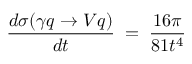
\frac { d \sigma ( \gamma q \rightarrow V q ) } { d t } \; = \; \frac { 1 6 \pi } { 8 1 t ^ { 4 } }